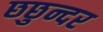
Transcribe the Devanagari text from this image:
छछुन्दर